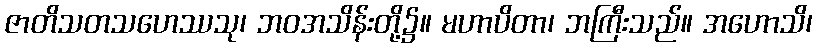
ဇာတိသတသဟေဿသု၊ ဘဝအသိန်းတို့၌။ မဟာပိတာ၊ ဘကြီးသည်။ အဟောသိ၊